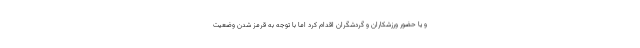
و یا حضور ورزشکاران و گردشگران اقدام کرد اما با توجه به قرمز شدن وضعیت